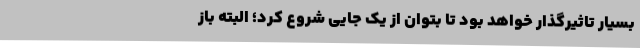
بسیار تاثیرگذار خواهد بود تا بتوان از یک جایی شروع کرد؛ البته باز